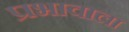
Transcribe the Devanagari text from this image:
प्रभावाला